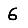
Digit: 6